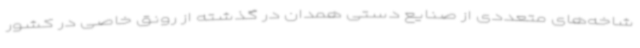
شاخه‌های متعددی از صنایع دستی همدان در گذشته از رونق خاصی در کشور